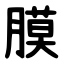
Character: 膜